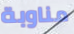
مناوبة